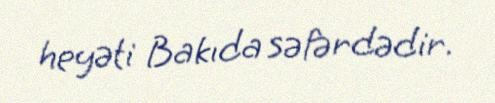
heyəti Bakıda səfərdədir.